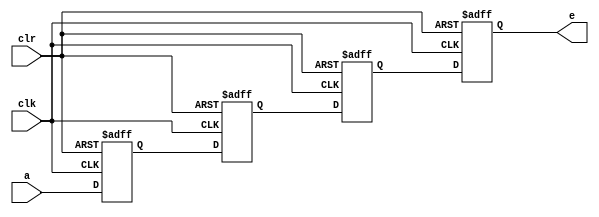
`timescale 1ns / 1ps
//////////////////////////////////////////////////////////////////////////////////
// Company: 
// Engineer: 
// 
// Design Name: 
// Module Name: shiftreg_4bit
// Project Name: 
// Target Devices: 
// Tool Versions: 
// Description: 
// 
// Dependencies: 
// 
// Revision:
// Revision 0.01 - File Created
// Additional Comments:
// 
//////////////////////////////////////////////////////////////////////////////////


module shiftreg_4bit(a,e,clk,clr);
input a,clk,clr;
output reg e;
reg b,c,d;
always@(posedge clk or negedge clr)
begin
if(!clr)
    begin
        b=0;c=0;d=0;e=0;
    end
else
    begin
        e=d;
        d=c;
        c=b;
        b=a;
    end 
end   
endmodule